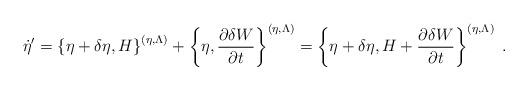
LaTeX: \begin{align*}\dot{\eta}'=\left\{\eta+\delta\eta,H\right\}^{(\eta,\Lambda)}+\left\{\eta,\frac{\partial \delta W}{\partial t}\right\}^{(\eta,\Lambda)}=\left\{\eta+\delta\eta,H+\frac{\partial \delta W}{\partial t}\right\}^{(\eta,\Lambda)}\;.\end{align*}